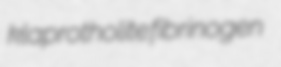
klaprotholite fibrinogen